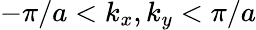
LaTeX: -\pi/a<k_{x},k_{y}<\pi/a